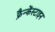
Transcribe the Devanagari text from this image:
फ्रैन्केंस्टाइन